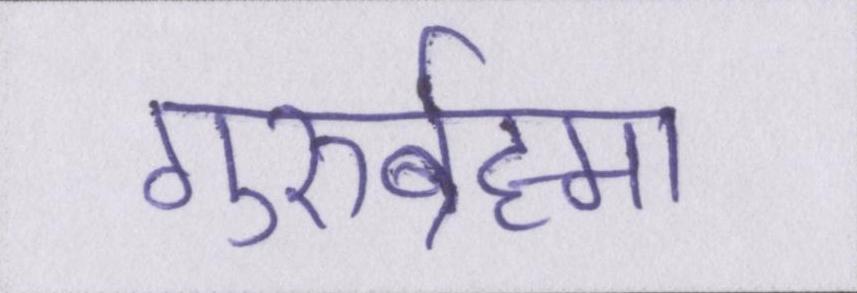
गुरुर्ब्रह्मा